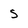
Character: s